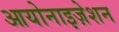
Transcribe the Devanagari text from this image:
आयोनाइज़ेशन